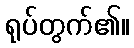
ရုပ်တွက်၏။